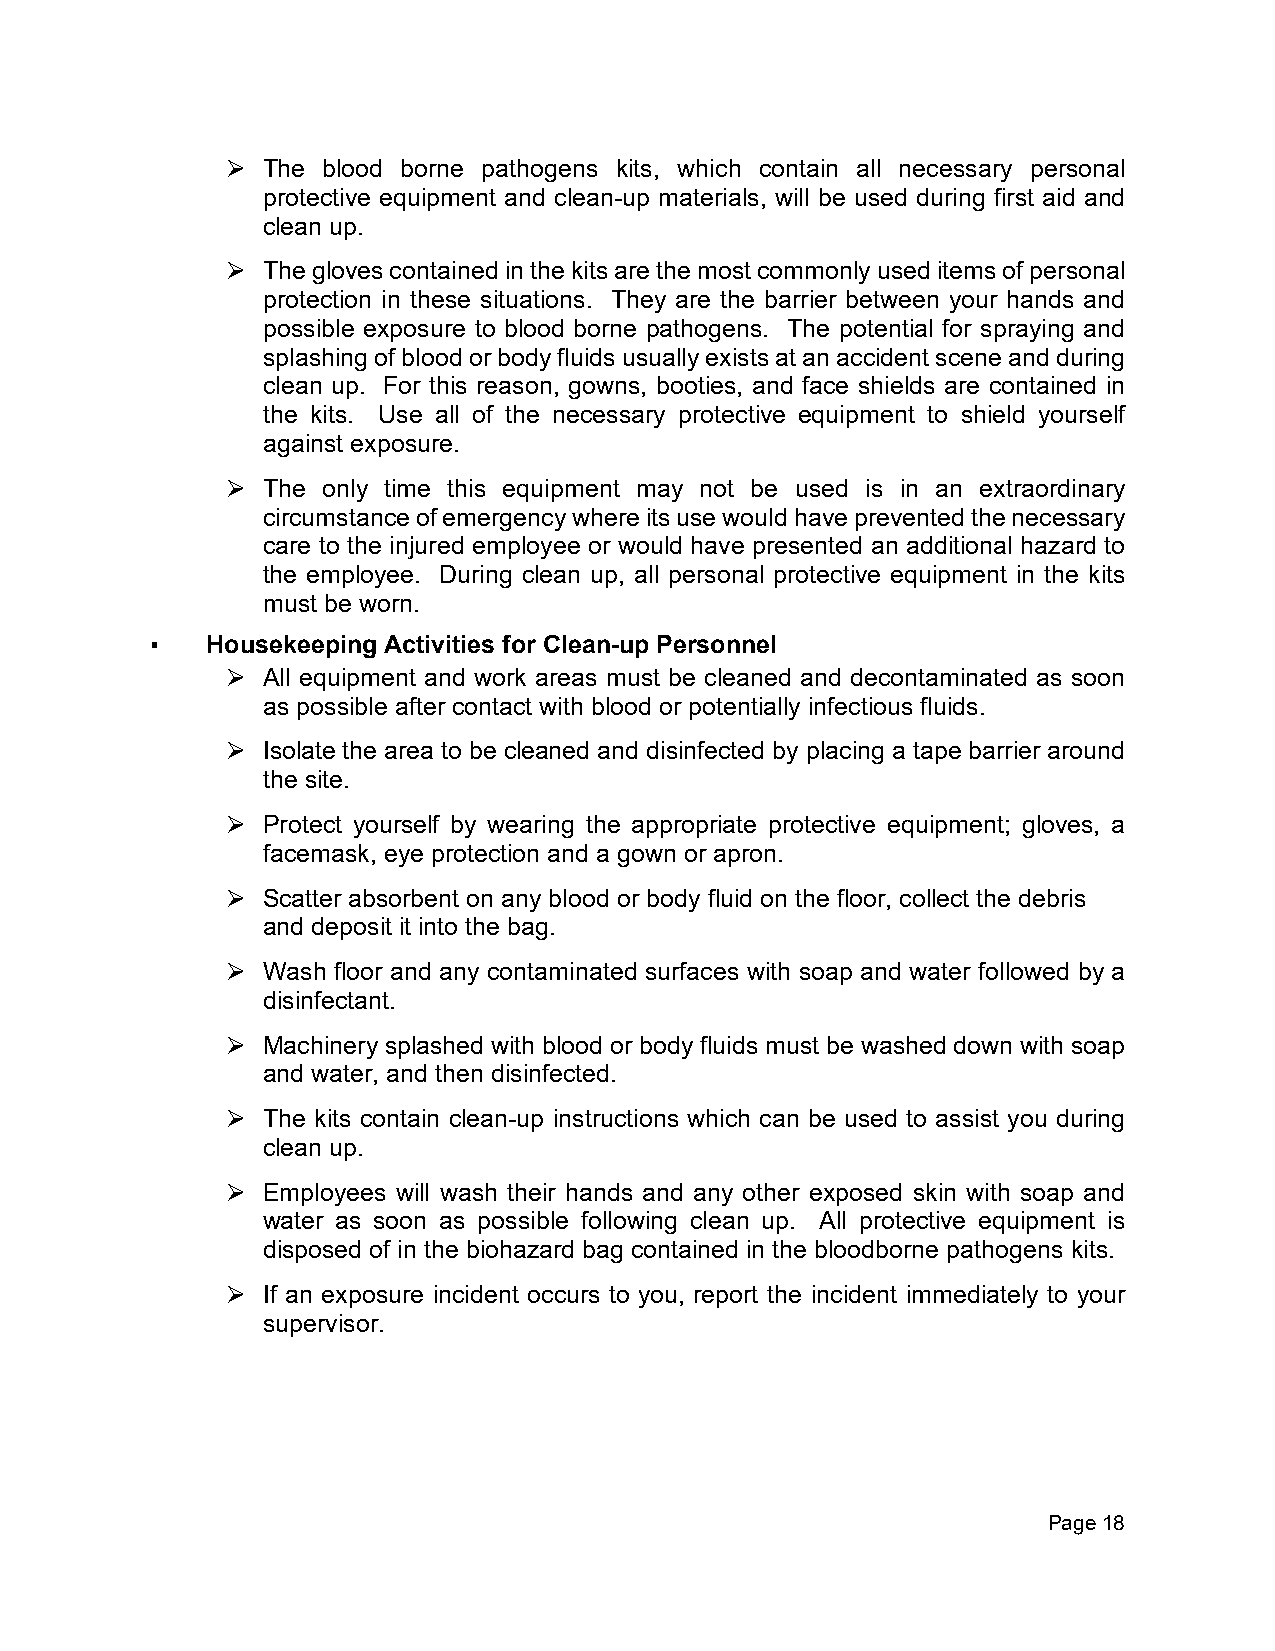
The blood borne pathogens kits, which contain all necessary personal
 ⮚
 protective equipment and clean-up materials, will be used during first aid and
 clean up.
 The gloves contained in the kits are the most commonly used items of personal
 ⮚
 protection in these situations. They are the barrier between your hands and
 possible exposure to blood borne pathogens. The potential for spraying and
 splashing of blood or body fluids usually exists at an accident scene and during
 clean up. For this reason, gowns, booties, and face shields are contained in
 the kits. Use all of the necessary protective equipment to shield yourself
 against exposure.
 The only time this equipment may not be used is in an extraordinary
 ⮚
 circumstance of emergency where its use would have prevented the necessary
 care to the injured employee or would have presented an additional hazard to
 the employee. During clean up, all personal protective equipment in the kits
 must be worn.
 ▪   Housekeeping Activities for Clean-up Personnel
 All equipment and work areas must be cleaned and decontaminated as soon
 ⮚
 as possible after contact with blood or potentially infectious fluids.
 Isolate the area to be cleaned and disinfected by placing a tape barrier around
 ⮚
 the site.
 Protect yourself by wearing the appropriate protective equipment; gloves, a
 ⮚
 facemask, eye protection and a gown or apron.
 Scatter absorbent on any blood or body fluid on the floor, collect the debris
 ⮚
 and deposit it into the bag.
 Wash floor and any contaminated surfaces with soap and water followed by a
 ⮚
 disinfectant.
 Machinery splashed with blood or body fluids must be washed down with soap
 ⮚
 and water, and then disinfected.
 The kits contain clean-up instructions which can be used to assist you during
 ⮚
 clean up.
 Employees will wash their hands and any other exposed skin with soap and
 ⮚
 water as soon as possible following clean up. All protective equipment is
 disposed of in the biohazard bag contained in the bloodborne pathogens kits.
 If an exposure incident occurs to you, report the incident immediately to your
 ⮚
 supervisor.
 Page 18